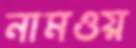
নামওয়